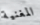
المغنية